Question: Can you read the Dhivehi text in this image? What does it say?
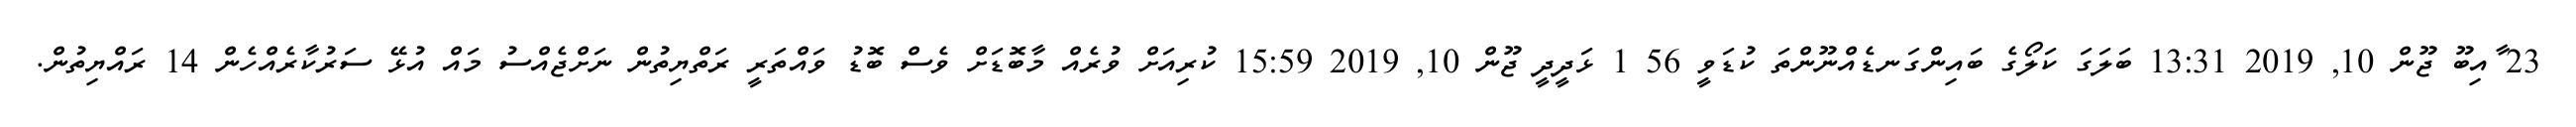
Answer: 23 ާއިބޫ ޖޫން 10, 2019 13:31 ބަލަގަ ކަލޯގެ ބައިންގަނޑެއްނޫންތަ ކުޑަވީ 56 1 ޅަދީދީ ޖޫން 10, 2019 15:59 ކުރިއަށް ވުރެއް މާބޮޑަށް ވެސް ބޮޑު ވައްތަރީ ރަތްޔިތުން ނަށްޖެއްސު މައް އުޅޭ ސަރުކާރެއްހެން 14 ރައްޔިތުން.